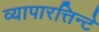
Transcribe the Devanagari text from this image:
व्यापारत्तिन्टे